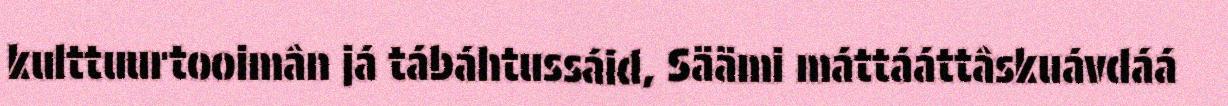
kulttuurtooimân já tábáhtussáid, Säämi máttááttâskuávdáá